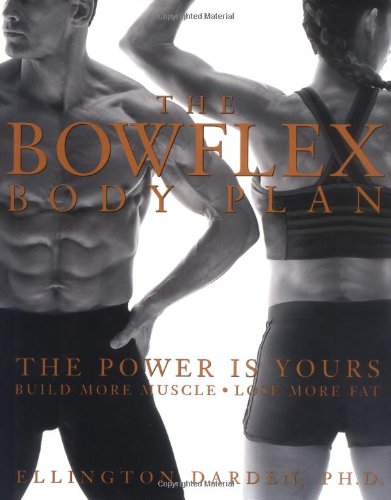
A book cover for The Bowflex Body Plan: The Power is Yours - Build More Muscle, Lose More Fat; Ellington Darden; Health, Fitness & Dieting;